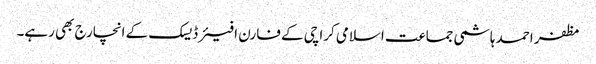
مظفر احمد ہاشمی جماعت اسلامی کراچی کے فارن افیئر ڈیسک کے انچارج بھی رہے۔